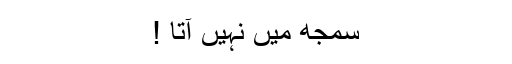
سمجھ میں نہیں آتا !